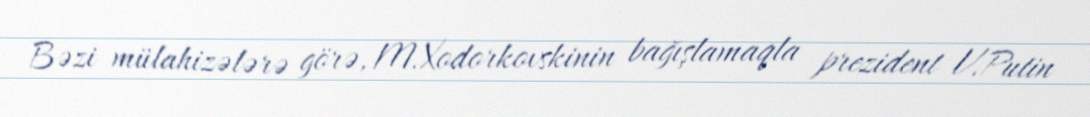
Bəzi mülahizələrə görə, M.Xodorkovskinin bağışlamaqla prezident V.Putin